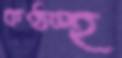
কণ্ঠস্হ